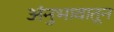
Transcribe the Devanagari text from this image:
अंनुभावातून